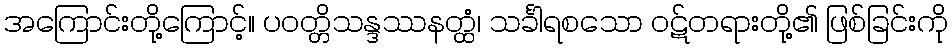
အကြောင်းတို့ကြောင့်။ ပဝတ္တိသန္ဒဿနတ္ထံ၊ သင်္ခါရစသော ဝဋ်တရားတို့၏ ဖြစ်ခြင်းကို